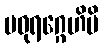
မဓုရဂ္ဂေဟိပိ